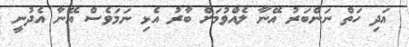
އަދި ހަތް ނަންބަރު އޭނާ ލެއްވުމަށް ބާރު އެޅި ނަމަވެސް އޭނާ އެދުނީ